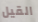
القيل